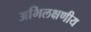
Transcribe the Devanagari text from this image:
अभिलक्षणीय